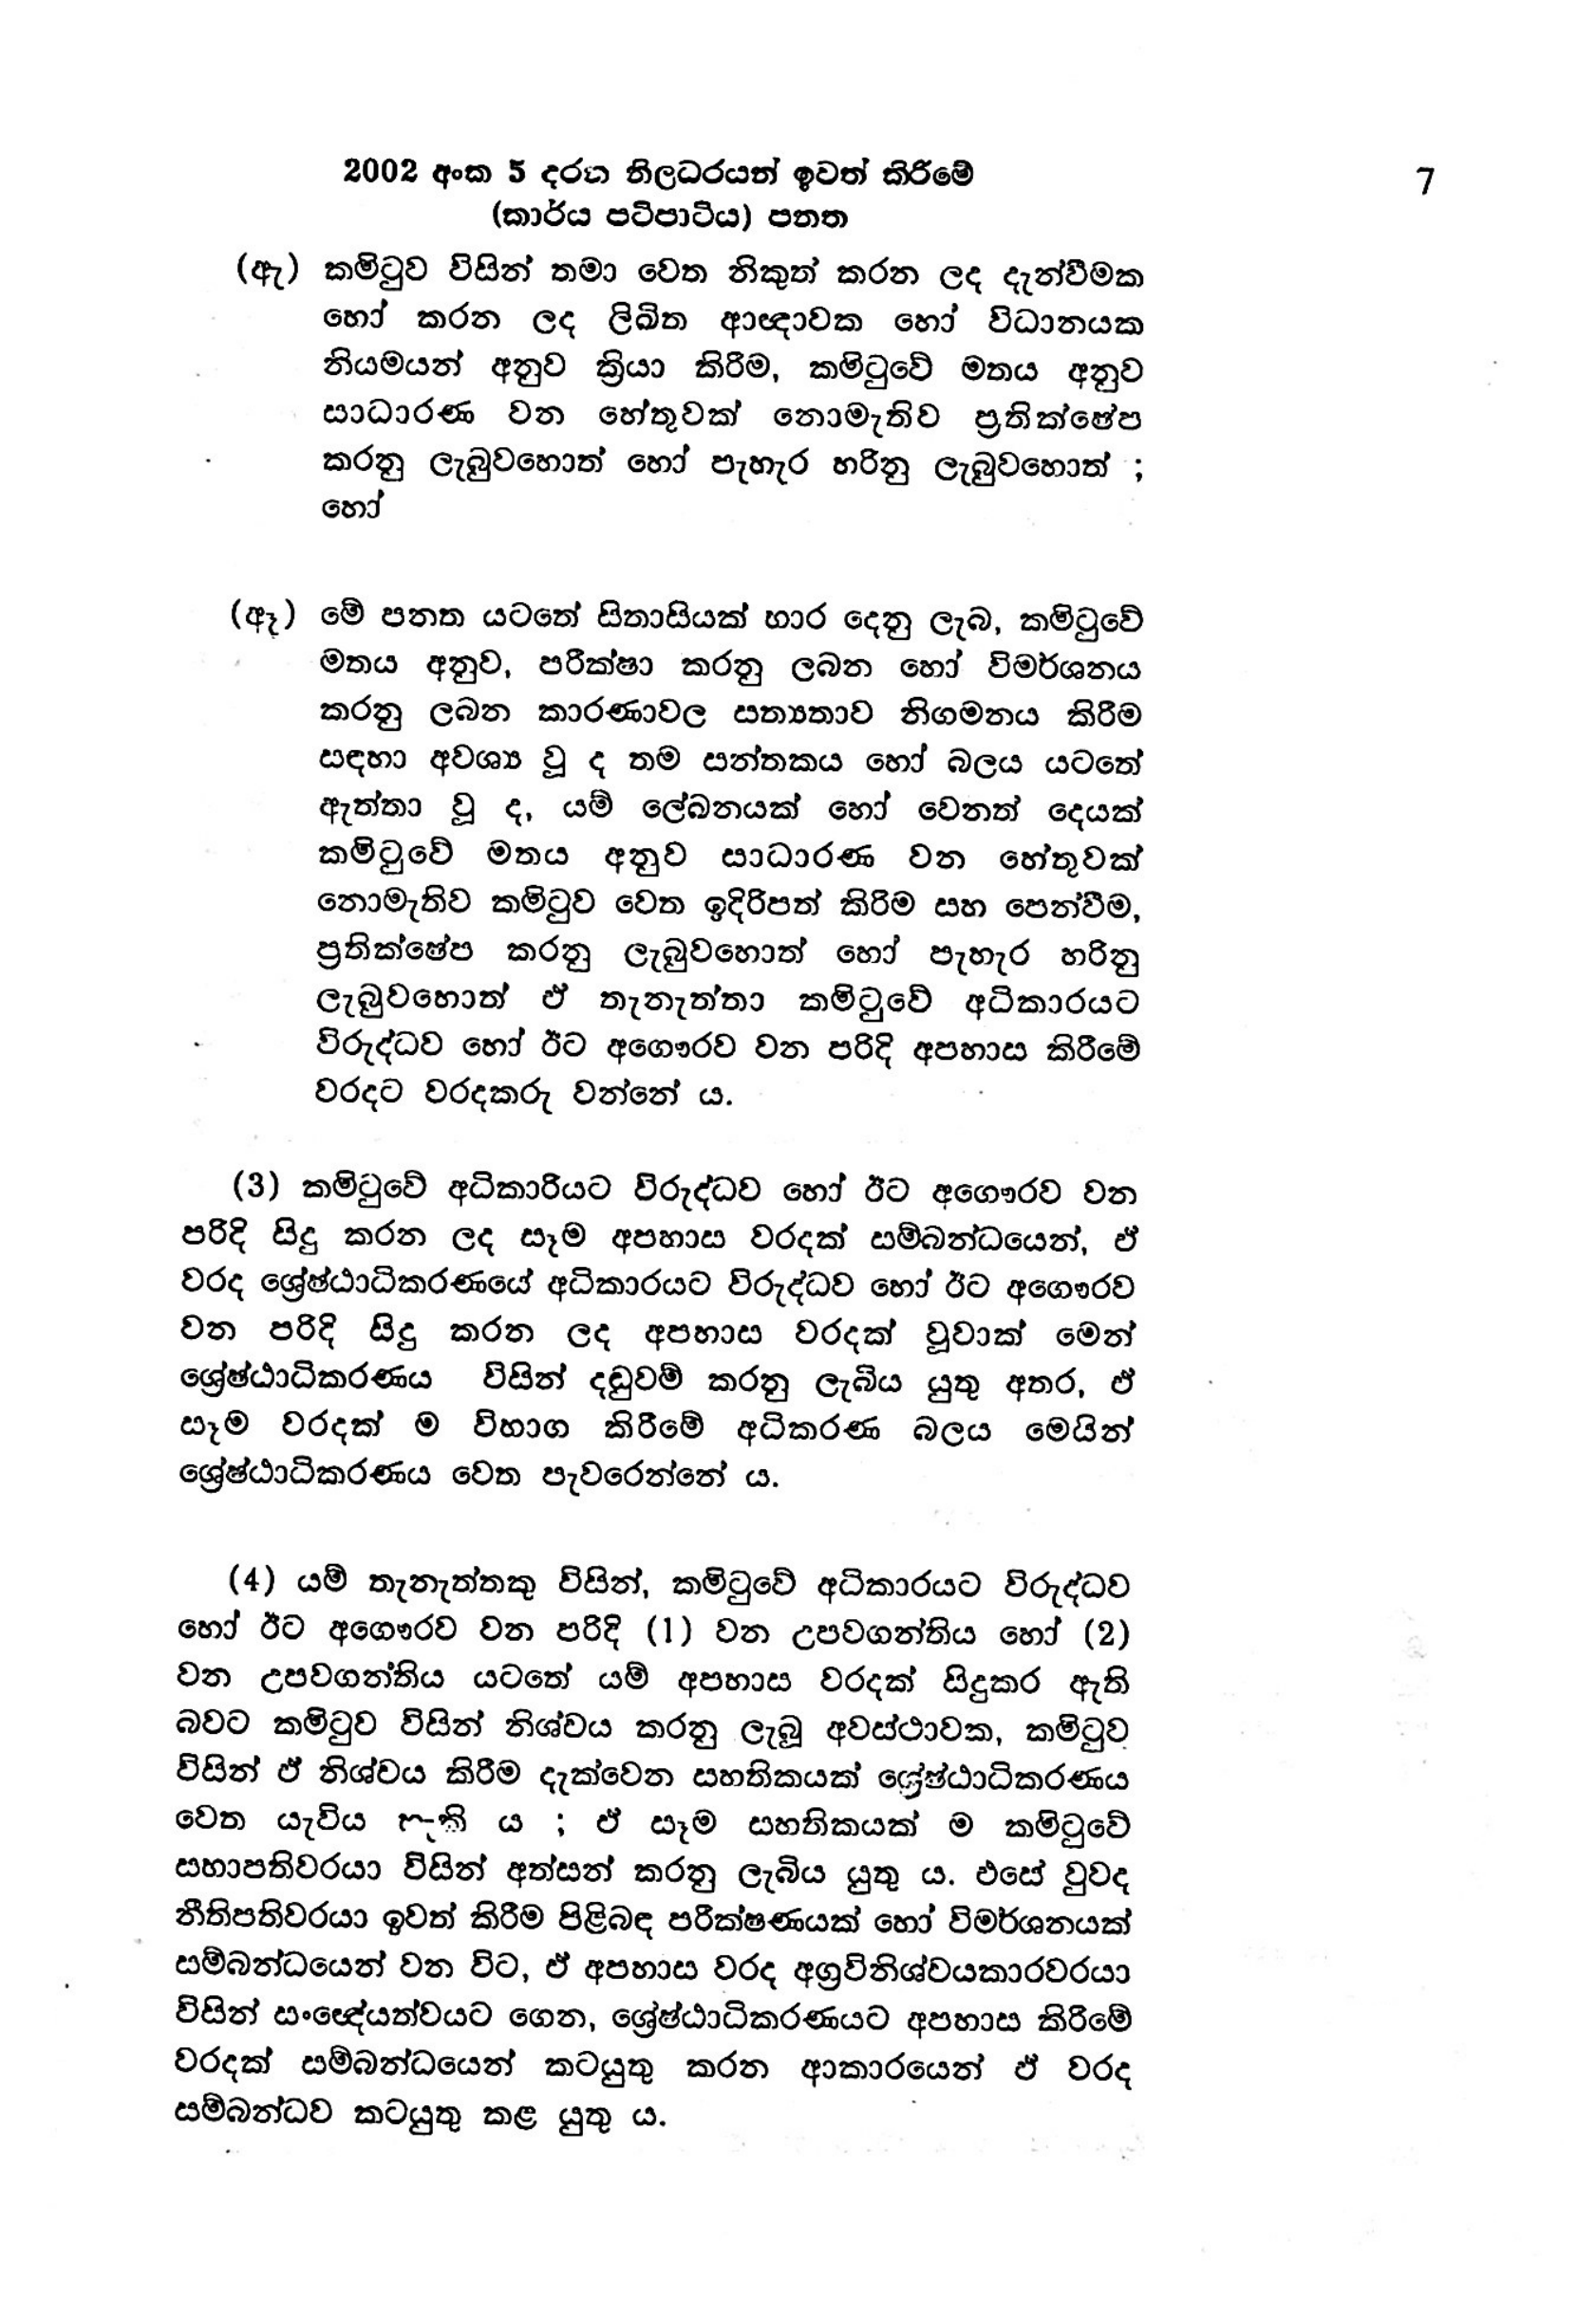
2002 අංක 5 දරන නිලධරයන් ඉවත් කිරීමේ 7
(කාර්ය පටිපාටිය) පනත

(ඇ) කමිටුව විසින් තමා වෙත නිකුත් කරන ලද දැන්වීමක
හෝ කරන ලද ලිඛිත ආඥාවක හෝ විධානයක
නියමයන් අනුව ක්‍රියා කිරීම, කමිටුවේ මතය අනුව
සාධාරණ වන හේතුවක් නොමැතිව ප්‍රතික්ෂේප
කරනු ලැබුවහොත් හෝ පැහැර හරිනු ලැබුවහොත් ;
හෝ

(ඈ) මේ පනත යටතේ සිතාසියක් භාර දෙනු ලැබ, කමිටුවේ
මතය අනුව, පරීක්ෂා කරනු ලබන හෝ විමර්ශනය
කරනු ලබන කාරණාවල සත්‍යතාව නිගමනය කිරීම
සඳහා අවශ්‍ය වූ ද තම සන්තකය හෝ බලය යටතේ
ඇත්තා වූ ද, යම් ලේඛනයක් හෝ වෙනත් දෙයක්
කමිටුවේ මතය අනුව සාධාරණ වන හේතුවක්
නොමැතිව කමිටුව වෙත ඉදිරිපත් කිරිම සහ පෙන්වීම,
ප්‍රතික්ෂේප කරනු ලැබුවහොත් හෝ පැහැර හරිනු
ලැබුවහොත් ඒ තැනැත්තා කමිටුවේ අධිකාරයට
විරුද්ධව හෝ ඊට අගෞරව වන පරිදි අපහාස කිරීමේ
වරදට වරදකරු වන්නේ ය.

(3) කමිටුවේ අධිකාරියට විරුද්ධව හෝ ඊට අගෞරව වන
පරිදි සිදු කරන ලද සෑම අපහාස වරදක් සම්බන්ධයෙන්, ඒ
වරද ශ්‍රේෂ්ඨාධිකරණයේ අධිකාරයට විරුද්ධව හෝ ඊට අගෞරව
වන පරිදි සිදු කරන ලද අපහාස වරදක් වූවාක් මෙන්
ශ්‍රේෂ්ඨාධිකරණය විසින් දඬුවම් කරනු ලැබිය යුතු අතර, ඒ
සෑම වරදක් ම විභාග කිරීමේ අධිකරණ බලය මෙයින්
ශ්‍රේෂ්ඨාධිකරණය වෙත පැවරෙන්නේ ය.

(4) යම් තැනැත්තකු විසින්, කමිටුවේ අධිකාරයට විරුද්ධව
හෝ ඊට අගෞරව වන පරිදි (1) වන උපවගන්තිය හෝ (2)
වන උපවගන්තිය යටතේ යම් අපහාස වරදක් සිදුකර ඇති
බවට කමිටුව විසින් නිශ්චය කරනු ලැබූ අවස්ථාවක, කමිටුව
විසින් ඵ් නිශ්චය කිරීම දැක්වෙන සහතිකයක් ශ්‍රේෂ්ඨාධිකරණය
වෙත යැවිය හැකි ය ; ඒ සෑම සහතිකයක් ම කමිටුවේ
සභාපතිවරයා විසින් අත්සන් කරනු ලැබිය යුතු ය. එසේ වුවද
නීතිපතිවරයා ඉවත් කිරීම පිළිබඳ පරීක්ෂණයක් හෝ විමර්ශනයක්
සම්බන්ධයෙන් වන විට, ඒ අපහාස වරද අග්‍රවිනිශ්චයකාරවරයා
විසින් සංඥයත්වයට ගෙන, ශ්‍රේෂ්ඨාධිකරණයට අපහාස කිරීමේ
වරදක් සම්බන්ධයෙන් කටයුතු කරන ආකාරයෙන් ඵ් වරද
සම්බන්ධව කටයුතු කළ යුතු ය.